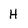
Character: H